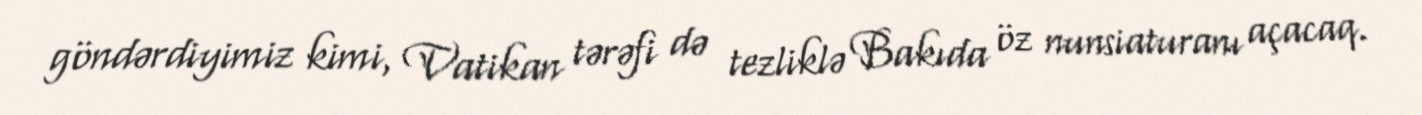
göndərdiyimiz kimi, Vatikan tərəfi də tezliklə Bakıda öz nunsiaturanı açacaq.